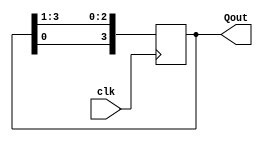
`timescale 1ns / 1ps

// A shift register to determine the initial random direction for the ball
// Serves to generate random one-hot encoding

module ShiftReg(Qout, clk);

	input clk;
	output [3:0] Qout;
	reg [3:0] Q = 4'b0001;

	always @ (posedge clk) begin
		Q[3]<=Q[0];
		Q[2]<=Q[3];
		Q[1]<=Q[2];
		Q[0]<=Q[1];
	end

	assign Qout = Q;

endmodule